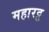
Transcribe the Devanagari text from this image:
महारट्ठ